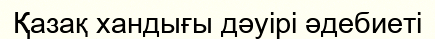
Қазақ хандығы дәуірі әдебиеті